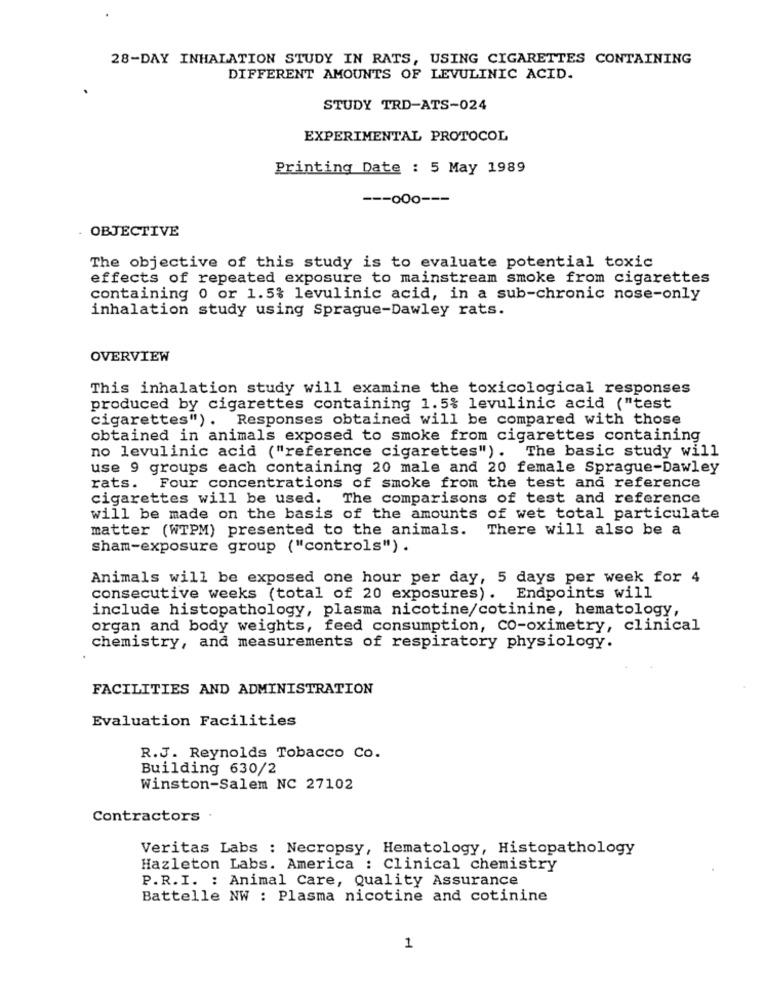
28-DAY INHALATION STUDY IN RATS, USING CIGARETTES CONTAINING
DIFFERENT AMOUNTS OF LEVULINIC ACID.
STUDY TRD-ATS-024
EXPERIMENTAL PROTOCOL
Printing Date : 5 May 1989
--- 000 ---
OBJECTIVE
The objective of this study is to evaluate potential toxic
effects of repeated exposure to mainstream smoke from cigarettes
containing 0 or 1.5% levulinic acid, in a sub-chronic nose-only
inhalation study using Sprague-Dawley rats.
OVERVIEW
This inhalation study will examine the toxicological responses
produced by cigarettes containing 1.5% levulinic acid ("test
cigarettes") . Responses obtained will be compared with those
obtained in animals exposed to smoke from cigarettes containing
no levulinic acid ("reference cigarettes"). The basic study will
use 9 groups each containing 20 male and 20 female Sprague-Dawley
rats. Four concentrations of smoke from the test and reference
cigarettes will be used. The comparisons of test and reference
will be made on the basis of the amounts of wet total particulate
matter (WTPM) presented to the animals.
There will also be a
sham-exposure group ("controls") .
Animals will be exposed one hour per day, 5 days per week for 4
consecutive weeks (total of 20 exposures). Endpoints will
include histopathology, plasma nicotine/cotinine, hematology,
organ and body weights, feed consumption, Co-oximetry, clinical
chemistry, and measurements of respiratory physiology.
FACILITIES AND ADMINISTRATION
Evaluation Facilities
R.J. Reynolds Tobacco Co.
Building 630/2
Winston-Salem NC 27102
Contractors
Veritas Labs : Necropsy, Hematology, Histopathology
Hazleton Labs. America : Clinical chemistry
P.R.I. : Animal Care, Quality Assurance
Battelle NW : Plasma nicotine and cotinine
1